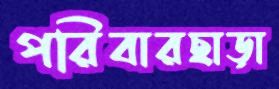
পরিবারছাড়া